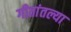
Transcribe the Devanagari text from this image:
गीतांतल्या